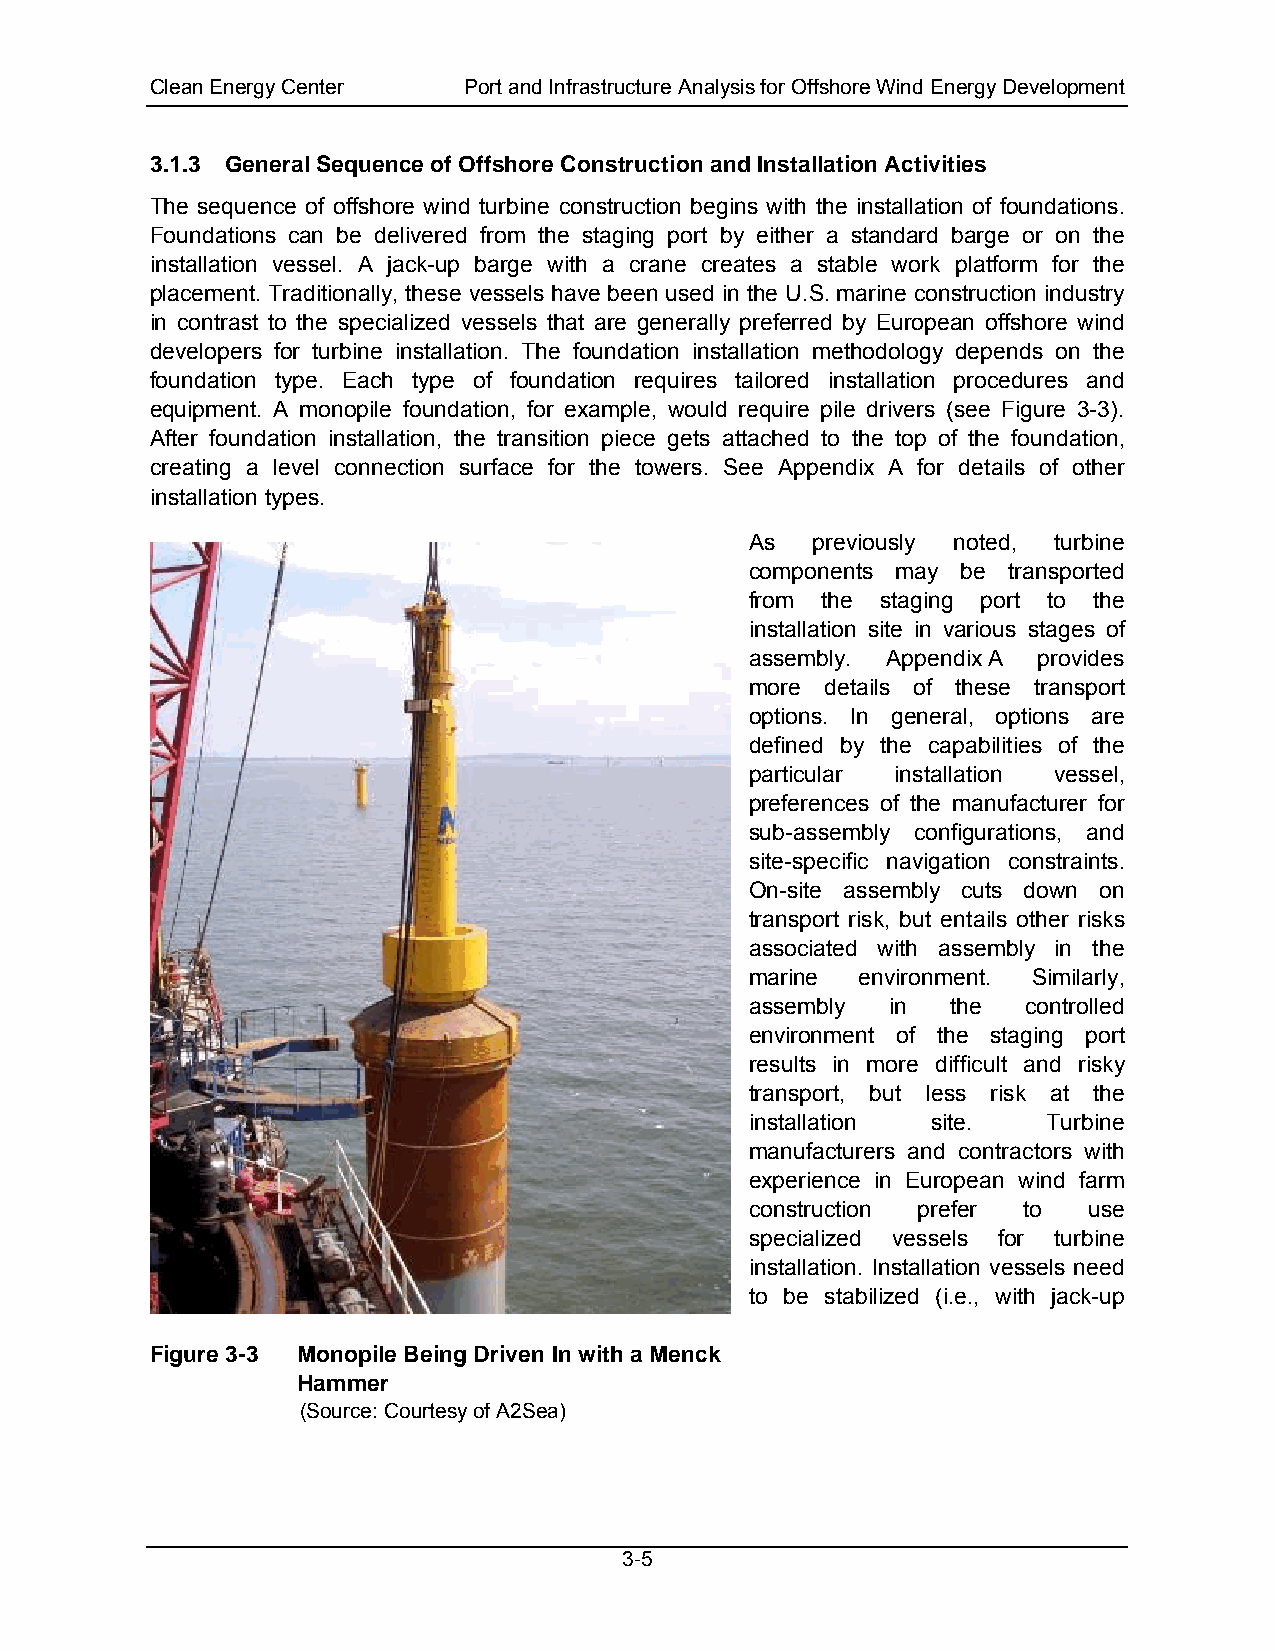
Clean Energy Center  Port and Infrastructure Analysis for Offshore Wind Energy Development
 3.1.3 General Sequence of Offshore Construction and Installation Activities
 The sequence of offshore wind turbine construction begins with the installation of foundations.
 Foundations can be delivered from the staging port by either a standard barge or on the
 installation vessel. A jack-up barge with a crane creates a stable work platform for the
 placement. Traditionally, these vessels have been used in the U.S. marine construction industry
 in contrast to the specialized vessels that are generally preferred by European offshore wind
 developers for turbine installation. The foundation installation methodology depends on the
 foundation type. Each type of foundation requires tailored installation procedures and
 equipment. A monopile foundation, for example, would require pile drivers (see Figure 3-3).
 After foundation installation, the transition piece gets attached to the top of the foundation,
 creating a level connection surface for the towers. See Appendix A for details of other
 installation types.
 As  previously noted, turbine
 components may be transported
 from the staging port to the
 installation site in various stages of
 assembly. Appendix A provides
 more details of these transport
 options. In general, options are
 defined by the capabilities of the
 particular installation vessel,
 preferences of the manufacturer for
 sub-assembly configurations, and
 site-specific navigation constraints.
 On-site assembly cuts down on
 transport risk, but entails other risks
 associated with assembly in the
 marine environment. Similarly,
 assembly in  the  controlled
 environment of the staging port
 results in more difficult and risky
 transport, but less risk at the
 installation site. Turbine
 manufacturers and contractors with
 experience in European wind farm
 construction prefer to use
 specialized vessels for turbine
 installation. Installation vessels need
 to be stabilized (i.e., with jack-up
 Figure 3-3 Monopile Being Driven In with a Menck
 Hammer
 (Source: Courtesy of A2Sea)
 3-5